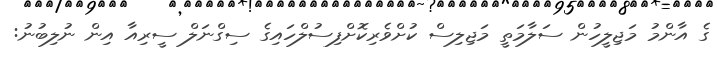
ގެ އާންމު މަޖިލީހުން ސަލާމަތީ މަޖިލިސް ކުށްވެރިކޮށްފިސުލްހައިގެ ސިގްނަލް ސީރިއާ އިން ނުލިބުނު: